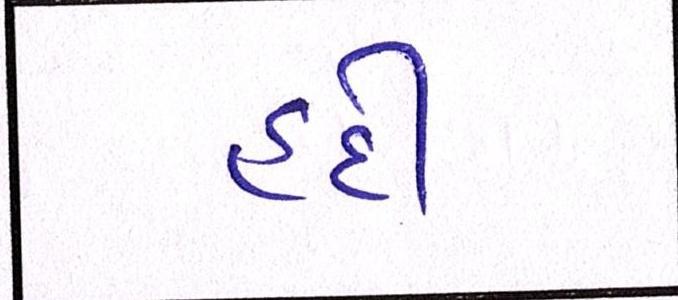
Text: હદી